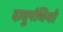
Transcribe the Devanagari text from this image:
दादुपंथियो